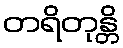
တရိတုန္တိ